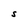
Character: S